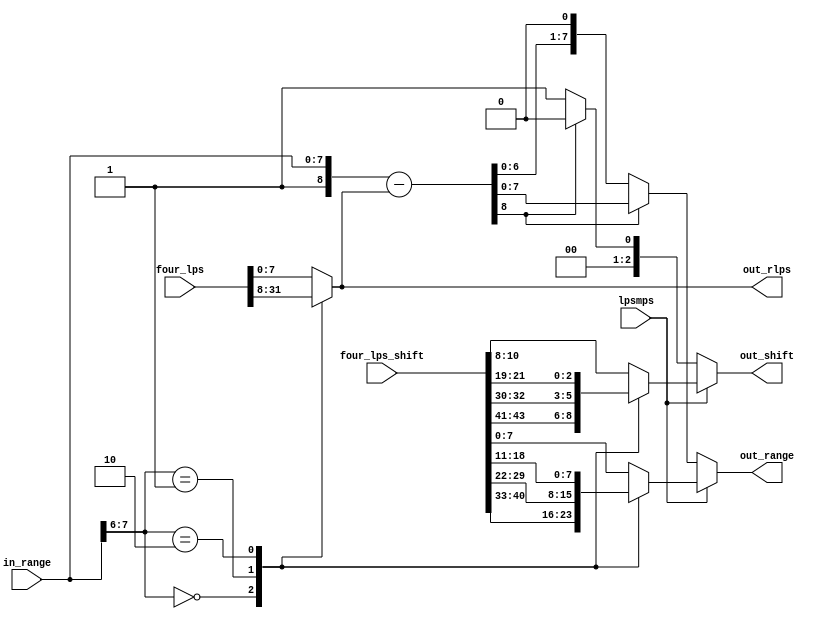
module cabac_urange4_full(
           in_range,
           lpsmps,
           four_lps,
           four_lps_shift,
           out_range,
           out_rlps,
           out_shift
       );

//input and output //{
input   [7:0] in_range;
input       lpsmps;
input   [31:0]  four_lps;
input   [43:0]  four_lps_shift;
output  wire[7:0] out_range;
output  wire[7:0] out_rlps;
output  wire[2:0] out_shift;
//}

//signals //{
reg   [7:0]   rlps;
reg   [7:0]   rlps_shift;
reg   [2:0]   shift_lps;
wire  [8:0]   rmps;
wire  [7:0]   rmps_shift;
wire        shift_mps;
//}

//logic //{
always @(*) //rlps_shift, rlps, shift_lps
begin
    rlps = four_lps[7:0];
    shift_lps = four_lps_shift[10:8];
    rlps_shift = four_lps_shift[7:0];
    case (in_range[7:6])
        2'b00 :
        begin
            rlps = four_lps[31:24];
            shift_lps = four_lps_shift[43:41];
            rlps_shift = four_lps_shift[40:33];
        end
        2'b01 :
        begin
            rlps = four_lps[23:16];
            shift_lps = four_lps_shift[32:30];
            rlps_shift = four_lps_shift[29:22];
        end
        2'b10 :
        begin
            rlps = four_lps[15:8];
            shift_lps = four_lps_shift[21:19];
            rlps_shift = four_lps_shift[18:11];
        end
        default:
        begin
            rlps = four_lps[7:0];
            shift_lps = four_lps_shift[10:8];
            rlps_shift = four_lps_shift[7:0];
        end
    endcase
end


assign rmps         = {1'b1, in_range} - rlps; // range
assign rmps_shift     = rmps[8] ? rmps[7:0] : {rmps[6:0], 1'b0}; // check range >=0x100
assign shift_mps      = rmps[8] ? 1'b0 : 1'b1; // when range < 0x100, renorm.
assign out_range      = lpsmps ? rlps_shift : rmps_shift;
assign out_shift      = lpsmps ? shift_lps : {2'b0, shift_mps};

assign out_rlps       = rlps;
//}

endmodule